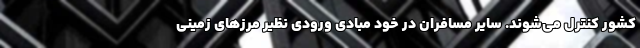
کشور کنترل می‌شوند. سایر مسافران در خود مبادی ورودی نظیر مرزهای زمینی